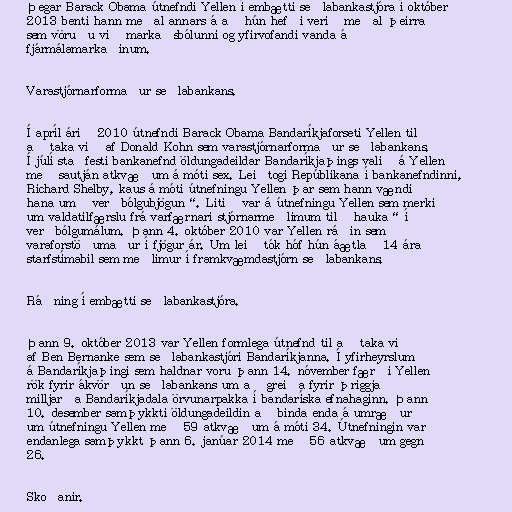
Þegar Barack Obama útnefndi Yellen í embætti seðlabankastjóra í október
2013 benti hann meðal annars á að hún hefði verið meðal þeirra
sem vöruðu við markaðsbólunni og yfirvofandi vanda á
fjármálamarkaðinum.

Varastjórnarformaður seðlabankans.

Í apríl árið 2010 útnefndi Barack Obama Bandaríkjaforseti Yellen til
að taka við af Donald Kohn sem varastjórnarformaður seðlabankans.
Í júlí staðfesti bankanefnd öldungadeildar Bandaríkjaþings valið á Yellen
með sautján atkvæðum á móti sex. Leiðtogi Repúblikana í bankanefndinni,
Richard Shelby, kaus á móti útnefningu Yellen þar sem hann vændi
hana um „verðbólgubjögun“. Litið var á útnefningu Yellen sem merki
um valdatilfærslu frá varfærnari stjórnarmeðlimum til „hauka“ í
verðbólgumálum. Þann 4. október 2010 var Yellen ráðin sem
varaforstöðumaður í fjögur ár. Um leið tók hóf hún áætlað 14 ára
starfstímabil sem meðlimur í framkvæmdastjórn seðlabankans.

Ráðning í embætti seðlabankastjóra.

Þann 9. október 2013 var Yellen formlega útnefnd til að taka við
af Ben Bernanke sem seðlabankastjóri Bandaríkjanna. Í yfirheyrslum
á Bandaríkjaþingi sem haldnar voru þann 14. nóvember færði Yellen
rök fyrir ákvörðun seðlabankans um að greiða fyrir þriggja
milljarða Bandaríkjadala örvunarpakka í bandaríska efnahaginn. Þann
10. desember samþykkti öldungadeildin að binda enda á umræður
um útnefningu Yellen með 59 atkvæðum á móti 34. Útnefningin var
endanlega samþykkt þann 6. janúar 2014 með 56 atkvæðum gegn
26.

Skoðanir.